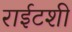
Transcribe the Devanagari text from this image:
राईटशी